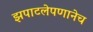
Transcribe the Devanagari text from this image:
झपाटलेपणानेच